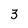
Character: 3